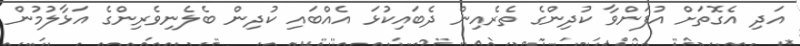
އަދި އެގޮތަށް އުފަންވާ ކުދިންގެ ތެރެއިން ދެބައިކުޅަ އެއްބައި ކުދިން ބެލެނިވެރިންގެ އަޅާލުމުން